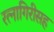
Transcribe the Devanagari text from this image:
रत्नागिरीसह